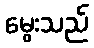
မွေးသည်